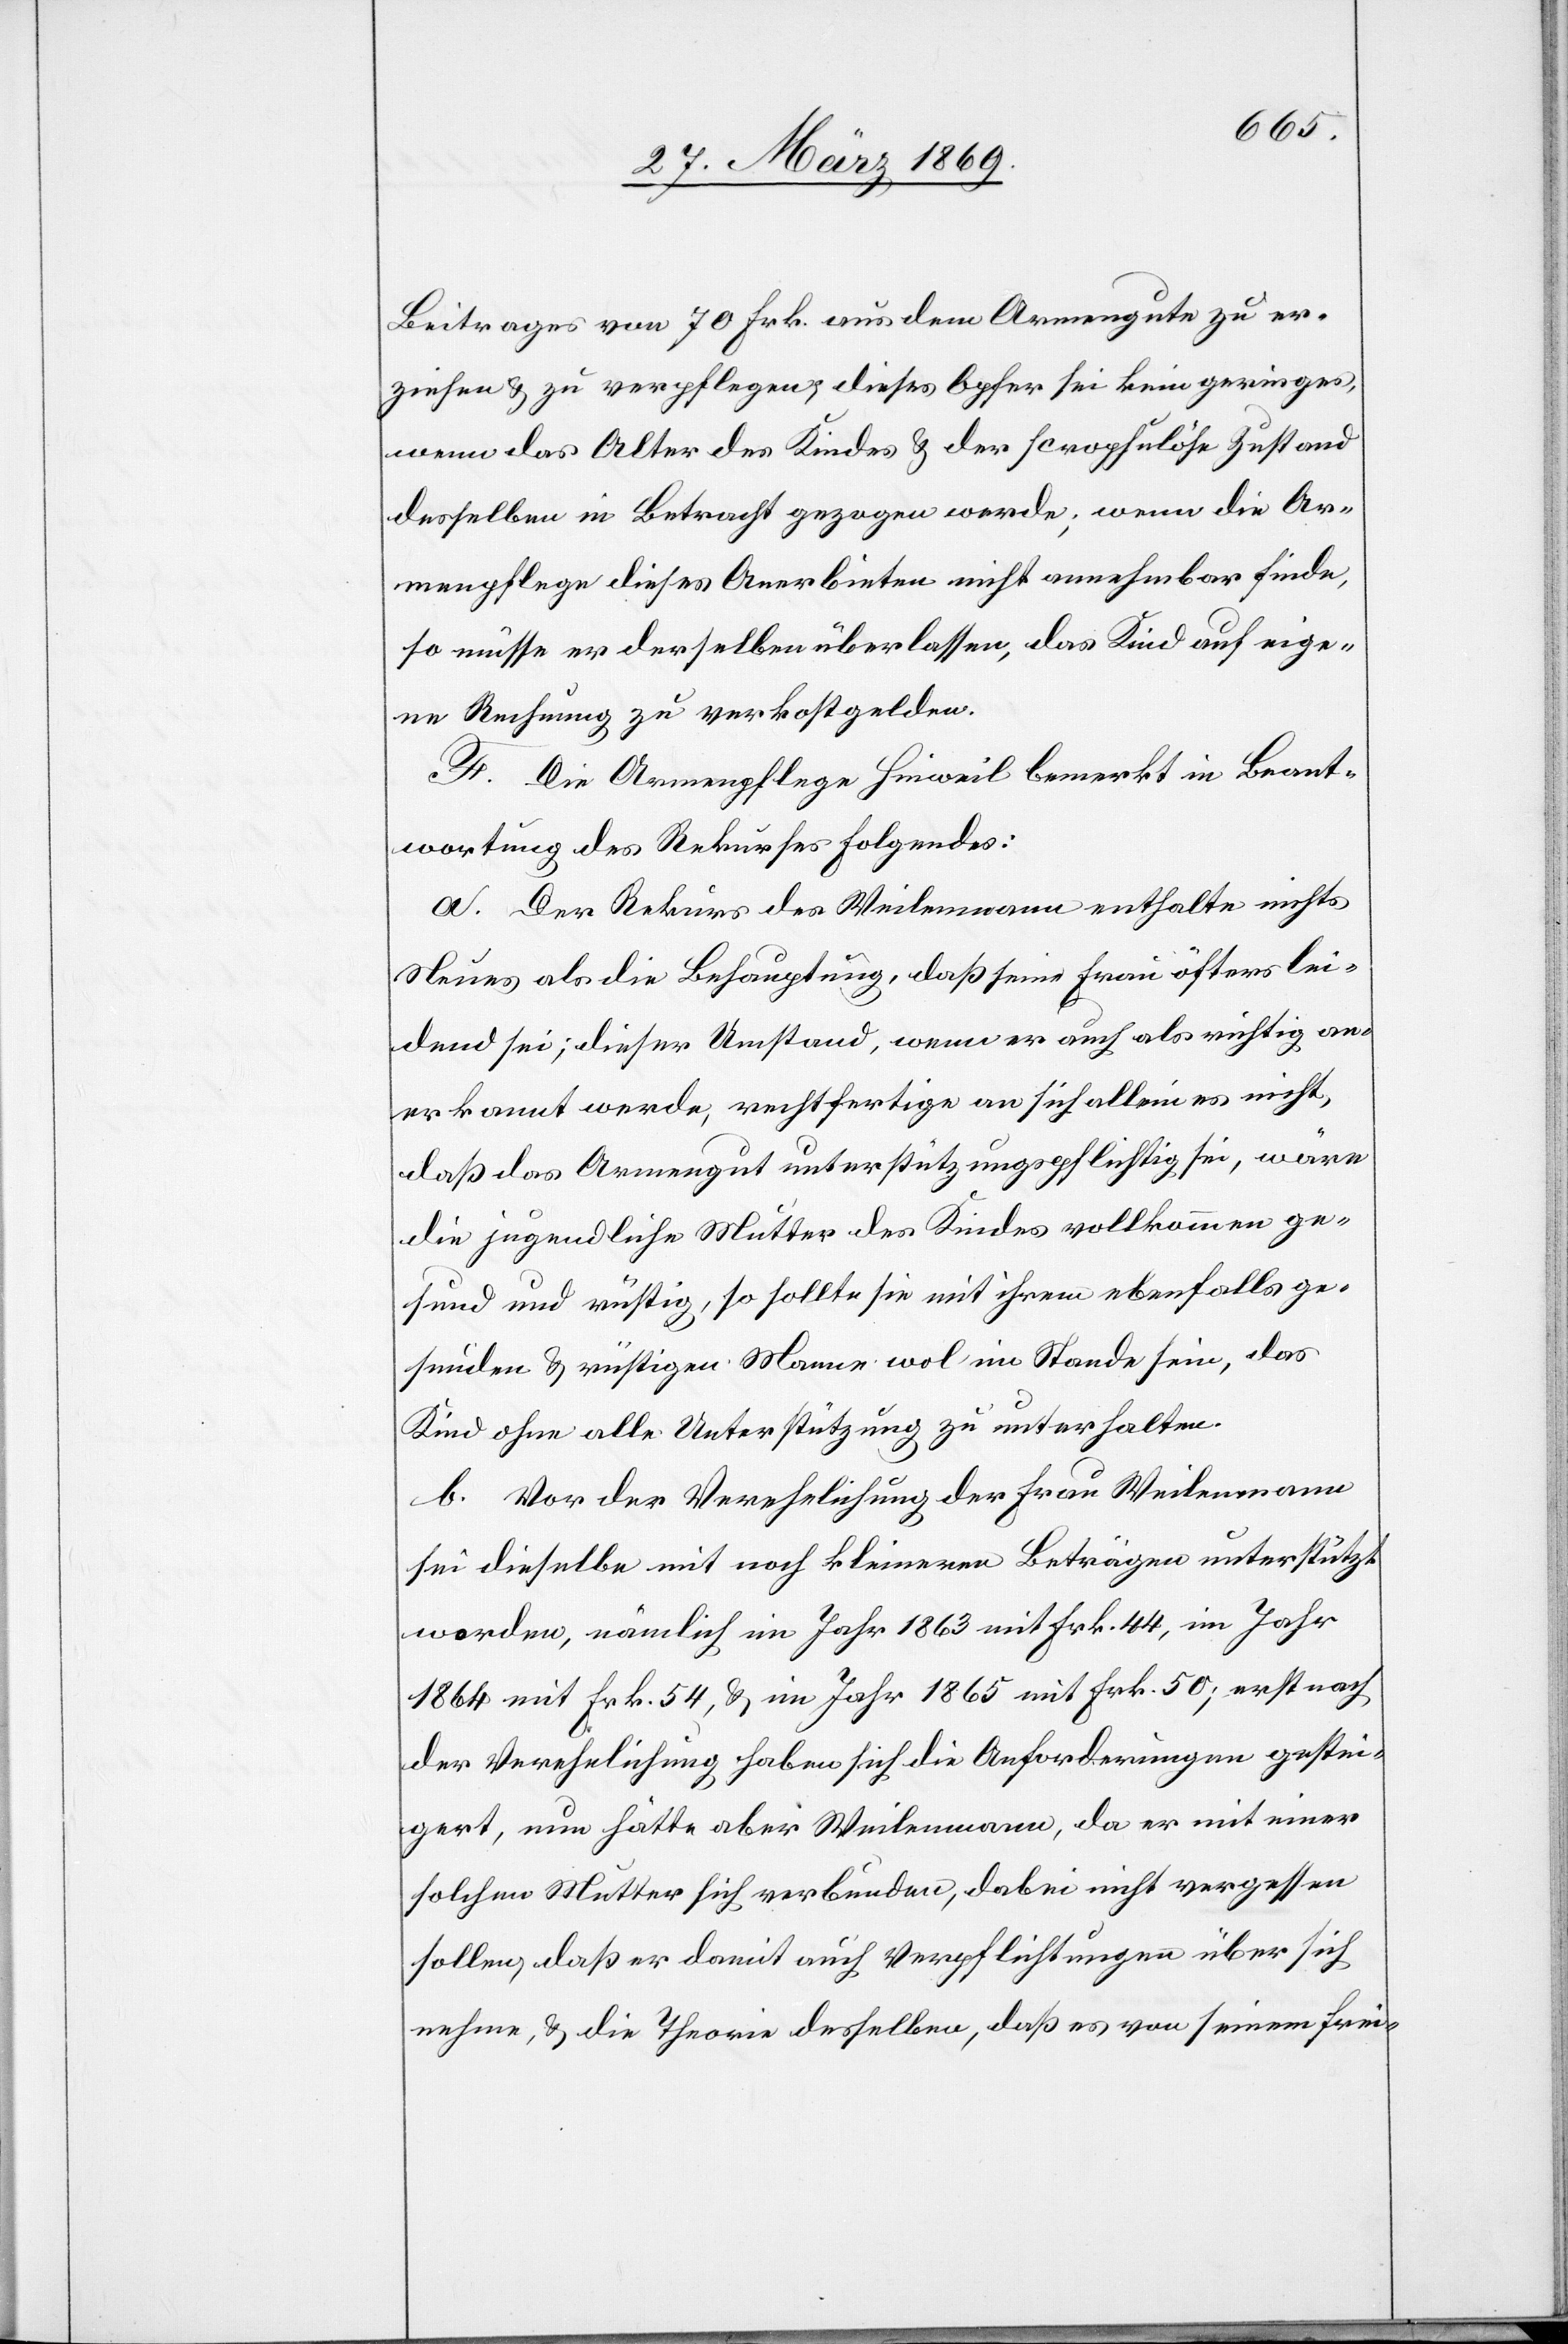
Beitrages von 70 Frk. aus dem Armengute zu er¬
ziehen u. zu verpflegen; dieses Opfer sei kein geringes,
wenn das Alter des Kindes u. der scrophulöse Zustand
desselben in Betracht gezogen werde; wenn die Ar¬
menpflege dieses Anerbieten nicht annehmbar finde,
so müsse er derselben überlassen, das Kind auf eige¬
ne Rechnung zu verkostgelden.
F. Die Armenpflege Hinweil bemerkt in Beant¬
wortung des Rekurses folgendes:
a. Der Rekurs des Weidenmann enthalte nichts
Neues als die Behauptung, daß seine Frau öfters lei¬
dend sei; dieser Umstand, wenn er auch als richtig an¬
erkannt werde, rechtfertige an sich allein es nicht,
daß das Armengut unterstützungspflichtig sei, wäre
die jugendliche Mutter des Kindes vollkommen ge¬
sund und rüstig, so sollte sie mit ihrem ebenfalls ge¬
sunden u. rüstigen Manne wol im Stande sein, das
Kind ohne alle Unterstützung zu unterhalten.
b. Vor der Verehelichung der Frau Weilenmann
sei dieselbe mit noch kleinern Beträgen unterstützt
worden, nämlich im Jahr 1863 mit Frk. 44, im Jahr
1864 mit Frk. 54, u. im Jahr 1865 mit Frk. 50; erst nach
der Verehelichung haben sich die Anforderungen gestei¬
gert, nun hätte aber Weilenmann, da er mit einer
solchen Mutter sich verbunden, dabei nicht verpassen
sollen, daß er damit auch Verpflichtungen über sich
nehme, u. die Theorie desselben, daß es von seinen frei-